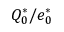
Q _ { 0 } ^ { * } / e _ { 0 } ^ { * }